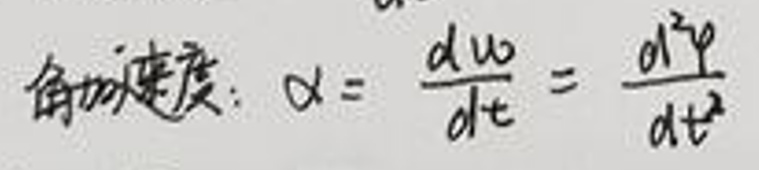
角加速度：\(\alpha = \frac{d\omega}{dt} = \frac{d^2\varphi}{dt^2}\)